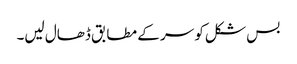
بس شکل کو سر کے مطابق ڈھال لیں۔